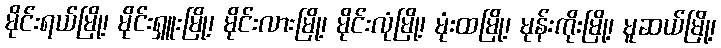
မိုင်းရယ်မြို့၊ မိုင်းရှူးမြို့၊ မိုင်းလားမြို့၊ မိုင်းလုံမြို့၊ မုံးထမြို့၊ မုန်းကိုးမြို့၊ မူဆယ်မြို့၊